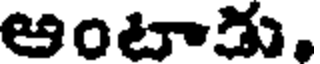
అంటాడు,